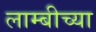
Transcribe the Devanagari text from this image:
लाम्बीच्या